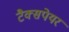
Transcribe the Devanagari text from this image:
टैक्सपेयर